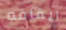
ايقافه